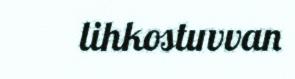
lihkostuvvan